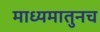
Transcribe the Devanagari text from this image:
माध्यमातुनच